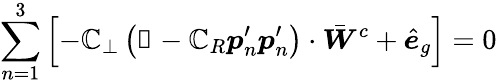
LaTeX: \sum_{n=1}^{3}\left[-\mathbb{C}_{\perp}\left(\mathbb{{1}}-\mathbb{C}_{R}\boldsymbol{p}_{n}^{\prime}\boldsymbol{p}_{n}^{\prime}\right)\cdot\bar{{\boldsymbol{W}}}^{c}+\hat{{\boldsymbol{e}}}_{g}\right]=0